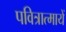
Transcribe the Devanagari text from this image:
पवित्रात्मायें